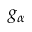
g _ { \alpha }